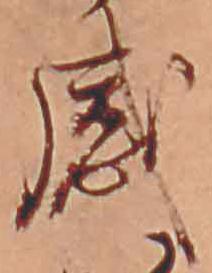
感